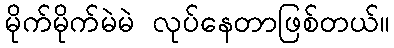
မိုက်မိုက်မဲမဲ လုပ်နေတာဖြစ်တယ်။